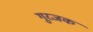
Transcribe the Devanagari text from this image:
गुरजक